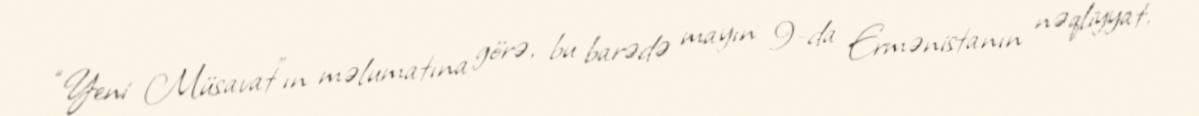
“Yeni Müsavat”ın məlumatına görə, bu barədə mayın 9-da Ermənistanın nəqliyyat,